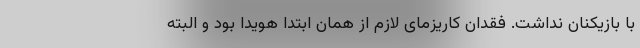
با بازیکنان نداشت. فقدان کاریزمای لازم از همان ابتدا هویدا بود و البته